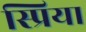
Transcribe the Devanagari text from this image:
स्प्रिया